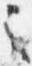
之